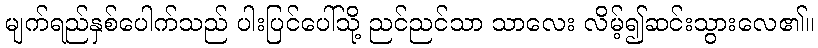
မျက်ရည်နှစ်ပေါက်သည် ပါးပြင်ပေါ်သို့ ညင်ညင်သာ သာလေး လိမ့်၍ဆင်းသွားလေ၏။